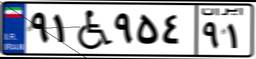
۹۴W۸۸۰۶۰